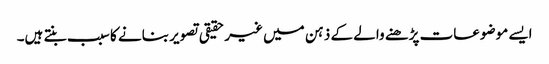
ایسے موضوعات پڑھنے والے کے ذہن میں غیر حقیقی تصویر بنانے کا سبب بنتے ہیں۔